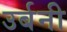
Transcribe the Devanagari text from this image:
उर्बनी